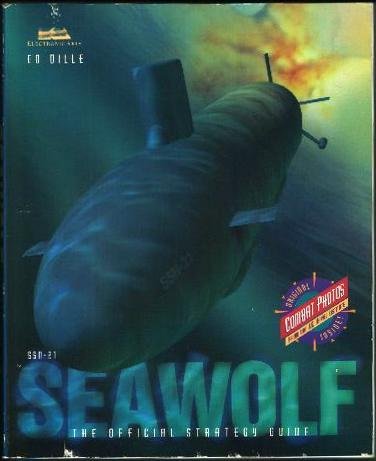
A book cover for SSN-21 Seawolf: The Official Strategy Guide (Secrets of the Games Series); Ed Dille; Science Fiction & Fantasy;